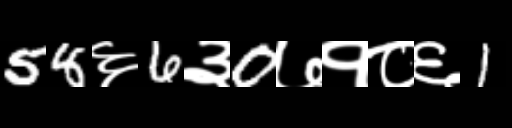
Text: 58६6३0७१८६1